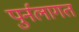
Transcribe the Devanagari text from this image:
पुर्नलागत